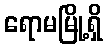
ရောမမြို့ရှိ